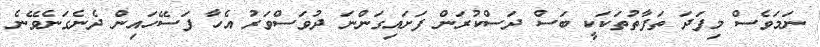
ނަމަވެސް މިފަދަ ތަފާތުތަކަކީ ބަސް ދަސްކުރަން ފަށައިގަންނަ ދުވަސްވަރު އެހާ ފަސޭހައިން ދެނެގަނެވޭނެ